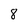
Character: 8